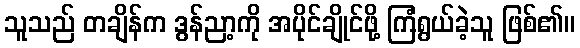
သူသည် တချိန်က ဒွန်ညာ့ကို အပိုင်ချိုင်ဖို့ ကြံရွယ်ခဲ့သူ ဖြစ်၏။